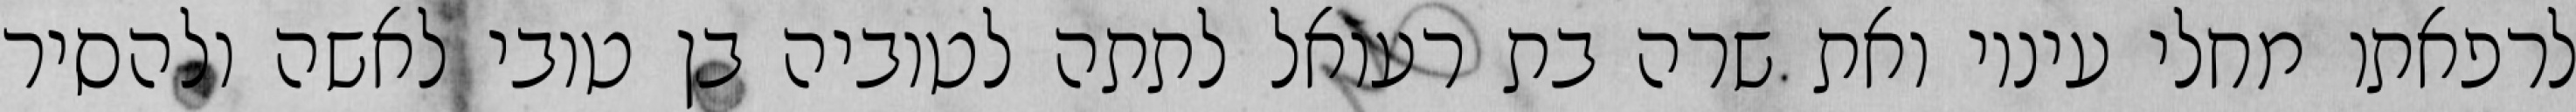
לרפאתו מחלי עיניו ואת שרה בת רעואל לתתה לטוביה בן טובי לאשה ולהסיר